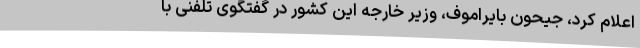
اعلام کرد، جیحون بایراموف، وزیر خارجه این کشور در گفتگوی تلفنی با